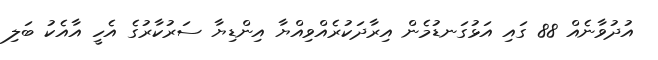
އުދުވާނެއް 88 ގައި އަޅުގަނޑުމެން އިރާދަކުރެއްވިއްޔާ އިންޑިޔާ ސަރުކާރުގެ އެހީ އާއެކު ބަލި